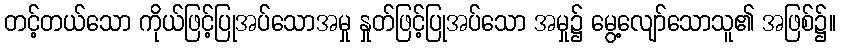
တင့်တယ်သော ကိုယ်ဖြင့်ပြုအပ်သောအမှု နှုတ်ဖြင့်ပြုအပ်သော အမှု၌ မွေ့လျော်သောသူ၏ အဖြစ်၌။